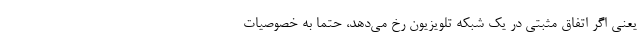
یعنی اگر اتفاق مثبتی در یک شبکه تلویزیون رخ می‌دهد، حتما به خصوصیات